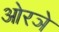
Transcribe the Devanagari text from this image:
ओरञे